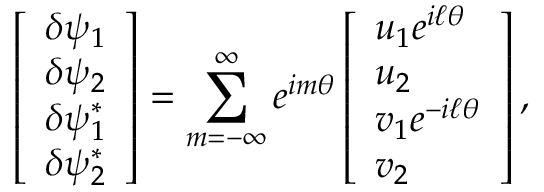
\left[ \begin{array} { l } { \delta \psi _ { 1 } } \\ { \delta \psi _ { 2 } } \\ { \delta \psi _ { 1 } ^ { * } } \\ { \delta \psi _ { 2 } ^ { * } } \end{array} \right] = \sum _ { m = - \infty } ^ { \infty } e ^ { i m \theta } \left[ \begin{array} { l } { u _ { 1 } e ^ { i \ell \theta } } \\ { u _ { 2 } } \\ { v _ { 1 } e ^ { - i \ell \theta } } \\ { v _ { 2 } } \end{array} \right] ,